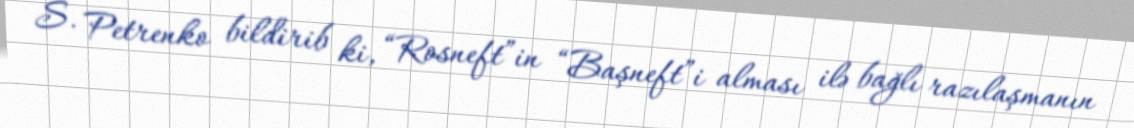
S. Petrenko bildirib ki, “Rosneft”in “Başneft”i alması ilə bağlı razılaşmanın